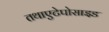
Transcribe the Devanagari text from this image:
तथाएटेपोसाइड